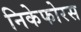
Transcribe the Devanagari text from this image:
निकेफोरस